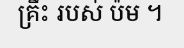
គ្រឹះ របស់ ប៉ម ។